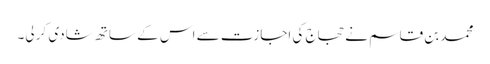
محمد بن قاسم نے حجاج کی اجازت سے اس کے ساتھ شادی کر لی۔